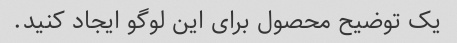
یک توضیح محصول برای این لوگو ایجاد کنید.